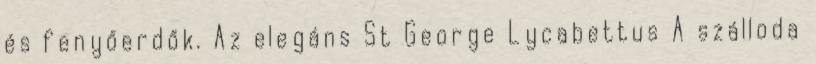
és fenyőerdők. Az elegáns St George Lycabettus A szálloda